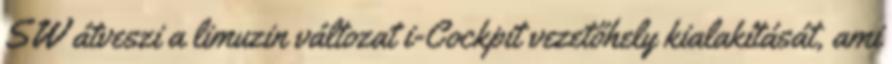
SW átveszi a limuzin változat i-Cockpit vezetőhely kialakítását, ami